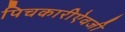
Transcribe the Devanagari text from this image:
पिचकारीऐवजी